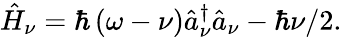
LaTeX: \hat{H}_{\nu}=\hbar\left(\omega-\nu\right)\hat{a}_{\nu}^{\dagger}\hat{a}_{\nu}-\hbar\nu/2.